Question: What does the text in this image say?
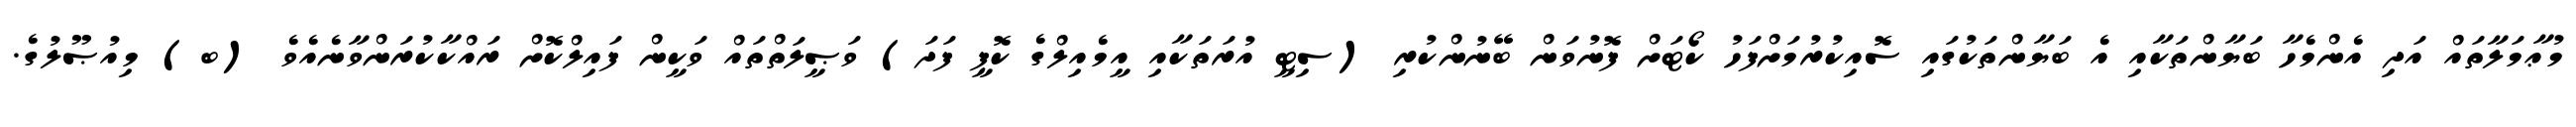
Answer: މުޢާމަލާތައް އަދި އެންމެހާ ބަޔާންތަކާއި އެ ބަޔާންތަކުގައި ސޮއިކުރުމަށްފަހު ކޯޓަށް ފޮނުވަން ބޭނުންކުރި (ސިޓީ އުރަތަކާއި އީމެއިލްގެ ކޮޕީ ފަދަ) ވަޞީލަތްތައް ވަކީން ފައިލްކޮށް ރައްކާކުރަންވާނެއެވެ (ބ) މިއުޞޫލުގެ.